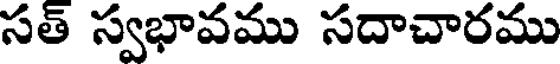
సత్ స్వభావము సదాచారము